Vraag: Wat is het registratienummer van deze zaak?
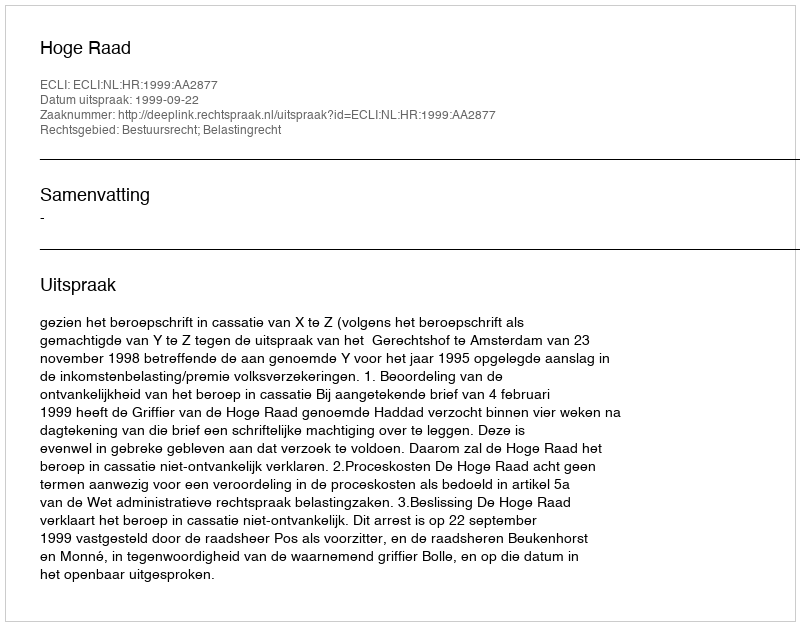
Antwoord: http://deeplink.rechtspraak.nl/uitspraak?id=ECLI:NL:HR:1999:AA2877